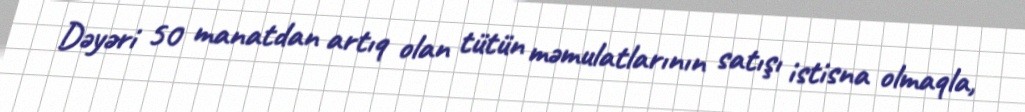
Dəyəri 50 manatdan artıq olan tütün məmulatlarının satışı istisna olmaqla,